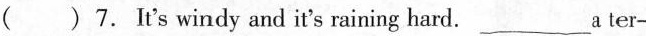
( )7. It's windy and it's raining hard._ ter-